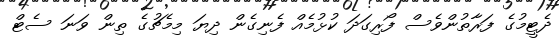
ދެޓީމުގެ ފަރާތުންވެސް ފޯރިގަދަ ކުޅުމެއް ފެނިގެން ދިޔަ މިމެޗުގެ ތިން ވަނަ ސެޓް